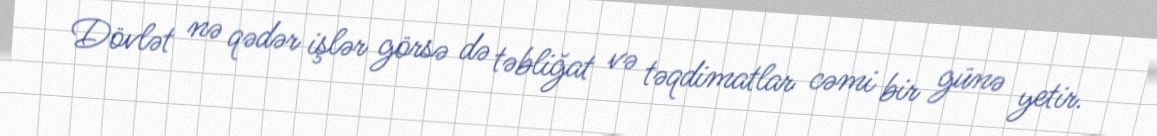
Dövlət nə qədər işlər görsə də təbliğat və təqdimatlar cəmi bir günə yetir.